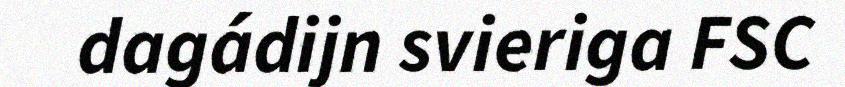
dagádijn svieriga FSC